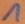
Text: 1